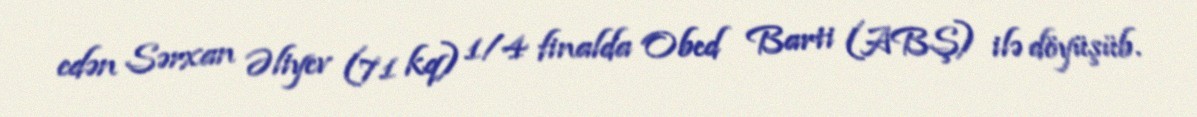
edən Sərxan Əliyev (71 kq) 1/4 finalda Obed Barti (ABŞ) ilə döyüşüb.